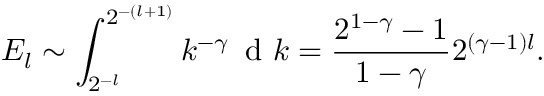
E _ { l } \sim \int _ { 2 ^ { - l } } ^ { 2 ^ { - ( l + 1 ) } } k ^ { - \gamma } \, \mathrm { ~ d ~ } k = \frac { 2 ^ { 1 - \gamma } - 1 } { 1 - \gamma } 2 ^ { ( \gamma - 1 ) l } .